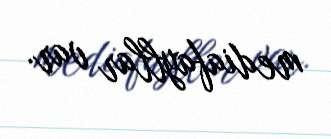
mediafayllar var.